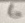
Text: 6